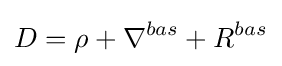
D=\rho +\nabla ^{bas}+R^{bas}